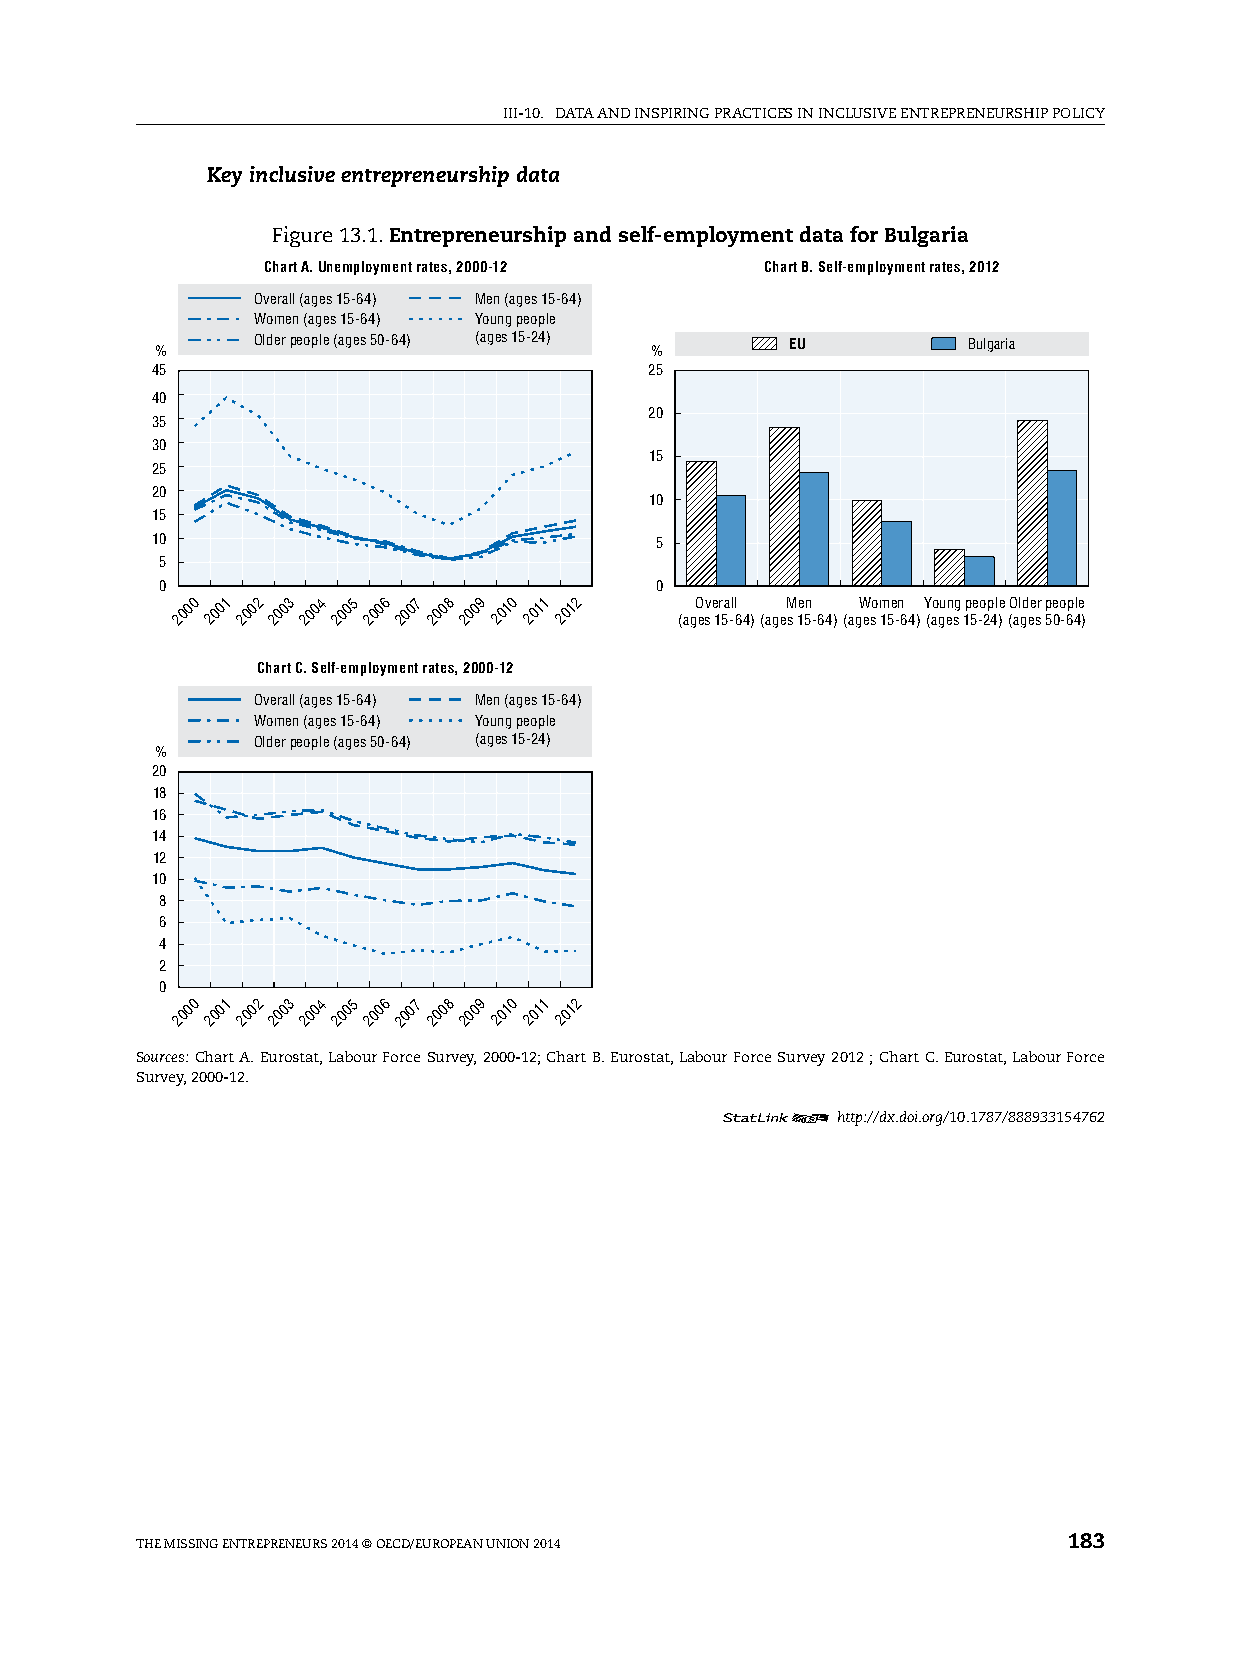
iii-10. DATA AnD inspiring prACTiCes in inClusive enTrepreneurship pOliCy
 Key inclusive entrepreneurship data
 Figure 13.1. Entrepreneurship and self-employment data for Bulgaria
 Chart A. Unemployment rates, 2000-12 Chart B. Self-employment rates, 2012
 Overall (ages 15-64) Men (ages 15-64)
 Women (ages 15-64) Young people
 Older people (ages 50-64) (ages 15-24) EU      Bulgaria
 %                                %
 45                               25
 40
 20
 35
 30
 15
 25
 20
 10
 15
 10                               5
 5
 0                               0
 2000 2001 2002 2003 2004 2005 2006 2007 2008 2009 2010 2011 2012 (agO esv e 1r 5a -ll 64)(ageM
 s
 1e 5n -64)(agW eso m 15e -n 64)Y (o agu en sg 1p 5e -o 2p 4l )e (O al gd ee sr 5p 0eo -6p 4le
 )
 Chart C. Self-employment rates, 2000-12
 Overall (ages 15-64) Men (ages 15-64)
 Women (ages 15-64) Young people
 Older people (ages 50-64) (ages 15-24)
 %
 20
 18
 16
 14
 12
 10
 8
 6
 4
 2
 0
 2000 2001 2002 2003 2004 2005 2006 2007 2008 2009 2010 2011 2012
 Sources: Chart A. eurostat, labour Force survey, 2000-12; Chart B. eurostat, labour Force survey 2012 ; Chart C. eurostat, labour Force
 survey, 2000-12.
 12     http://dx.doi.org/10.1787/888933154762
 The Missing enTrepreneurs 2014 © OeCD/eurOpeAn uniOn 2014     183